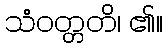
သံဝတ္တတိ၊ ၏။